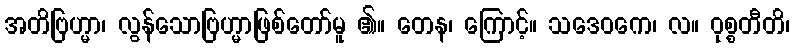
အတိဗြဟ္မာ၊ လွန်သောဗြဟ္မာဖြစ်တော်မူ ၏။ တေန၊ ကြောင့်။ သဒေဝကေ၊ လ။ ဝုစ္စတီတိ၊